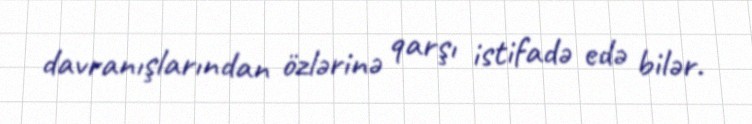
davranışlarından özlərinə qarşı istifadə edə bilər.